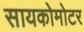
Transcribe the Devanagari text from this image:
सायकोमोटर